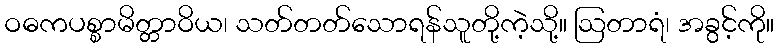
ဝဓကပစ္စာမိတ္တာဝိယ၊ သတ်တတ်သောရန်သူတို့ကဲ့သို့။ ဩတာရံ၊ အခွင့်ကို။